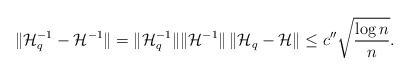
LaTeX: \begin{align*} \| \mathcal{H}_q^{-1} - \mathcal{H}^{-1} \| = \| \mathcal{H}_q^{-1}\| \| \mathcal{H}^{-1} \| \, \| \mathcal{H}_q - \mathcal{H} \| \le c'' \sqrt{\frac{\log n}{n}}. \end{align*}